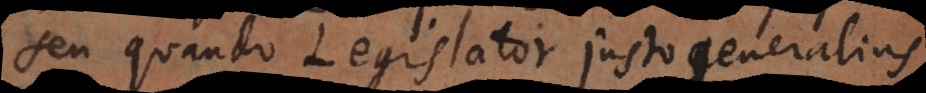
seu quando Legislator justo generalius